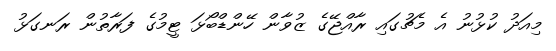
މިއަދު ކުޅުނު އެ މެޗުގައި ރާއްޖޭގެ ޒުވާން ހޭންޑްބޯޅަ ޓީމުގެ ފަރާތުން ރަނގަޅު